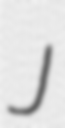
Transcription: J